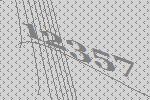
12357